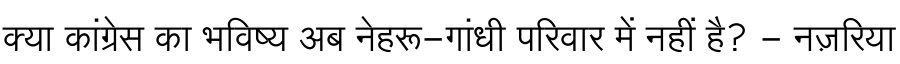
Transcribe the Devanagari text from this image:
क्या कांग्रेस का भविष्य अब नेहरू-गांधी परिवार में नहीं है? - नज़रिया